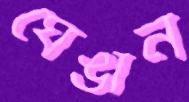
ঘেঙান